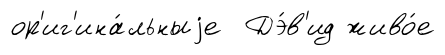
ор'иг'ина́льныjе Дэ́в'ид живо́е